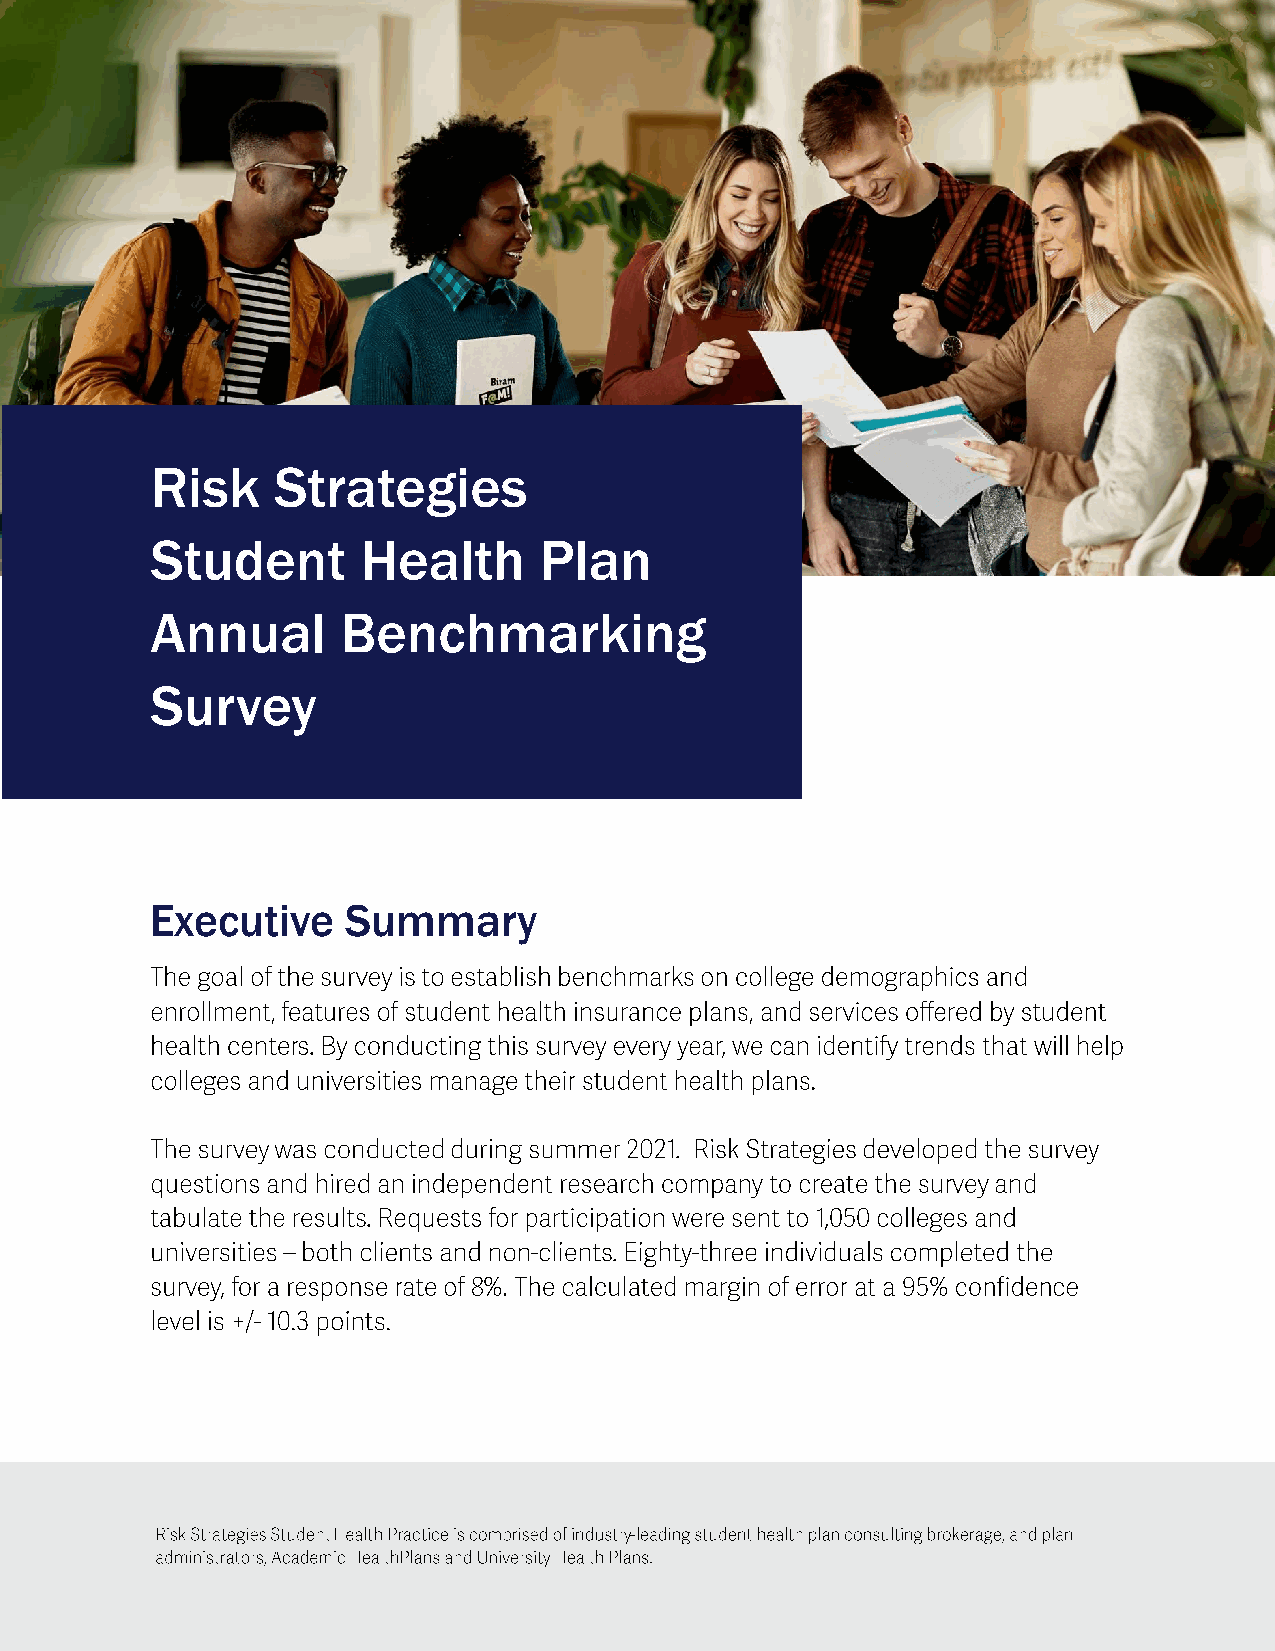
Risk    Strategies
 Student       Health      Plan
 Annual       Benchmarking
 Survey
 Executive    Summary